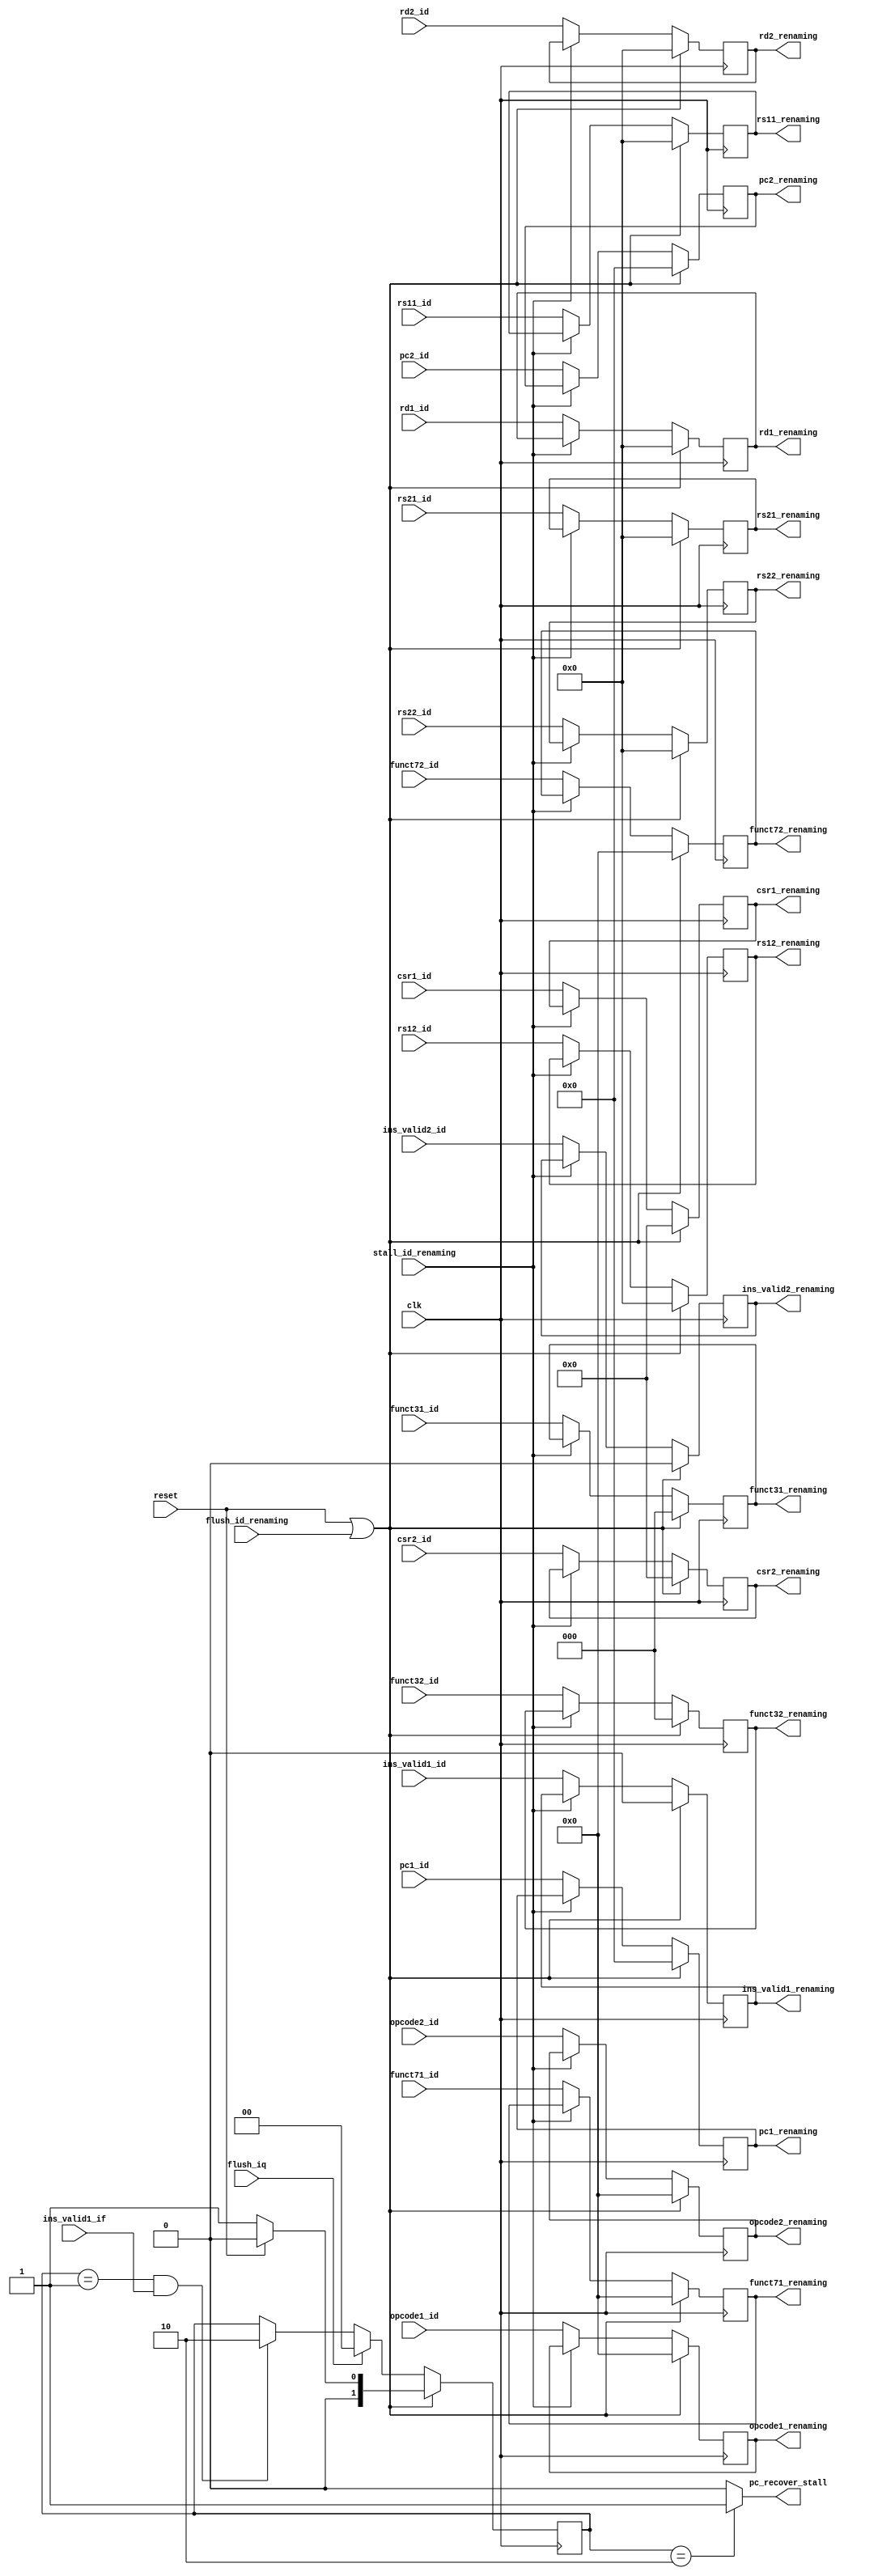
module latch_id_renaming (
    input clk,
    input reset,
    input stall_id_renaming,
    input flush_id_renaming,

    //input pc_recover,
    input flush_iq,
    input ins_valid1_if,
    output wire pc_recover_stall,

    input [31:0] pc1_id,
    input [6:0] opcode1_id,
    input [4:0] rd1_id,
    input [4:0] rs11_id,
    input [4:0] rs21_id,
    input [2:0] funct31_id,
    input [6:0] funct71_id,
    input [11:0] csr1_id,
    input ins_valid1_id,
    input [31:0] pc2_id,
    input [6:0] opcode2_id,
    input [4:0] rd2_id,
    input [4:0] rs12_id,
    input [4:0] rs22_id,
    input [2:0] funct32_id,
    input [6:0] funct72_id,
    input [11:0] csr2_id,
    input ins_valid2_id,

    output reg [31:0] pc1_renaming,
    output reg [6:0] opcode1_renaming,
    output reg [4:0] rd1_renaming,
    output reg [4:0] rs11_renaming,
    output reg [4:0] rs21_renaming,
    output reg [2:0] funct31_renaming,
    output reg [6:0] funct71_renaming,
    output reg [11:0] csr1_renaming,
    output reg ins_valid1_renaming,
    output reg [31:0] pc2_renaming,
    output reg [6:0] opcode2_renaming,
    output reg [4:0] rd2_renaming,
    output reg [4:0] rs12_renaming,
    output reg [4:0] rs22_renaming,
    output reg [2:0] funct32_renaming,
    output reg [6:0] funct72_renaming,
    output reg [11:0] csr2_renaming,
    output reg ins_valid2_renaming

);

reg [1:0] pc_recover_stall_state;

assign pc_recover_stall = (pc_recover_stall_state==2'b10)?1'b1:1'b0;

always @(posedge clk ) begin
    if (reset | flush_id_renaming) begin
        pc1_renaming <= 32'b0;
        opcode1_renaming <= 7'b0;
        rd1_renaming <= 5'b0;
        rs11_renaming <= 5'b0;
        rs21_renaming <= 5'b0;
        funct31_renaming <= 3'b0;
        funct71_renaming <= 7'b0;
        csr1_renaming <= 12'b0;
        ins_valid1_renaming <= 1'b0;
        pc2_renaming <= 32'b0;
        opcode2_renaming <= 7'b0;
        rd2_renaming <= 5'b0;
        rs12_renaming <= 5'b0;
        rs22_renaming <= 5'b0;
        funct32_renaming <= 3'b0;
        funct72_renaming <= 7'b0;
        csr2_renaming <= 12'b0;
        ins_valid2_renaming <= 1'b0;
        pc_recover_stall_state <= (reset)?2'b00:2'b01;
    end else begin
        // pc recover stall fsm
        //if (pc_recover) begin
        //    pc_recover_stall_state <= 2'b01;
        //end
        if (pc_recover_stall_state==2'b01 && ins_valid1_if) begin
            pc_recover_stall_state <= 2'b10;
        end
        if (flush_iq) begin
            pc_recover_stall_state <= 2'b00;
        end

        if (stall_id_renaming) begin
            pc1_renaming <= pc1_renaming;
            opcode1_renaming <= opcode1_renaming;
            rd1_renaming <= rd1_renaming;
            rs11_renaming <= rs11_renaming;
            rs21_renaming <= rs21_renaming;
            funct31_renaming <= funct31_renaming;
            funct71_renaming <= funct71_renaming;
            csr1_renaming <= csr1_renaming;
            ins_valid1_renaming <= ins_valid1_renaming;
            pc2_renaming <= pc2_renaming;
            opcode2_renaming <= opcode2_renaming;
            rd2_renaming <= rd2_renaming;
            rs12_renaming <= rs12_renaming;
            rs22_renaming <= rs22_renaming;
            funct32_renaming <= funct32_renaming;
            funct72_renaming <= funct72_renaming;
            csr2_renaming <= csr2_renaming;
            ins_valid2_renaming <= ins_valid2_renaming;
        end else begin
            pc1_renaming <= pc1_id;
            opcode1_renaming <= opcode1_id;
            rd1_renaming <= rd1_id;
            rs11_renaming <= rs11_id;
            rs21_renaming <= rs21_id;
            funct31_renaming <= funct31_id;
            funct71_renaming <= funct71_id;
            csr1_renaming <= csr1_id;
            ins_valid1_renaming <= ins_valid1_id;
            pc2_renaming <= pc2_id;
            opcode2_renaming <= opcode2_id;
            rd2_renaming <= rd2_id;
            rs12_renaming <= rs12_id;
            rs22_renaming <= rs22_id;
            funct32_renaming <= funct32_id;
            funct72_renaming <= funct72_id;
            csr2_renaming <= csr2_id;
            ins_valid2_renaming <= ins_valid2_id;
        end
    end 
end
    
endmodule